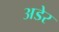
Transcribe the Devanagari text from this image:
अडेर